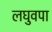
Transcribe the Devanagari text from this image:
लघुवपा